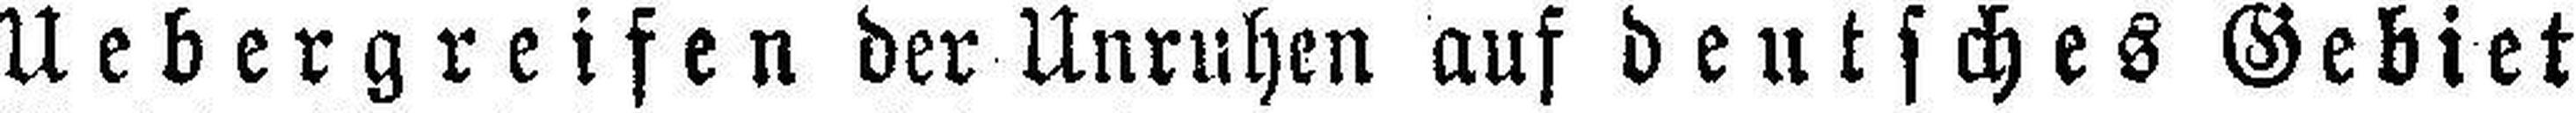
Uebergreifen der Unruhen auf deutsches Gebiet